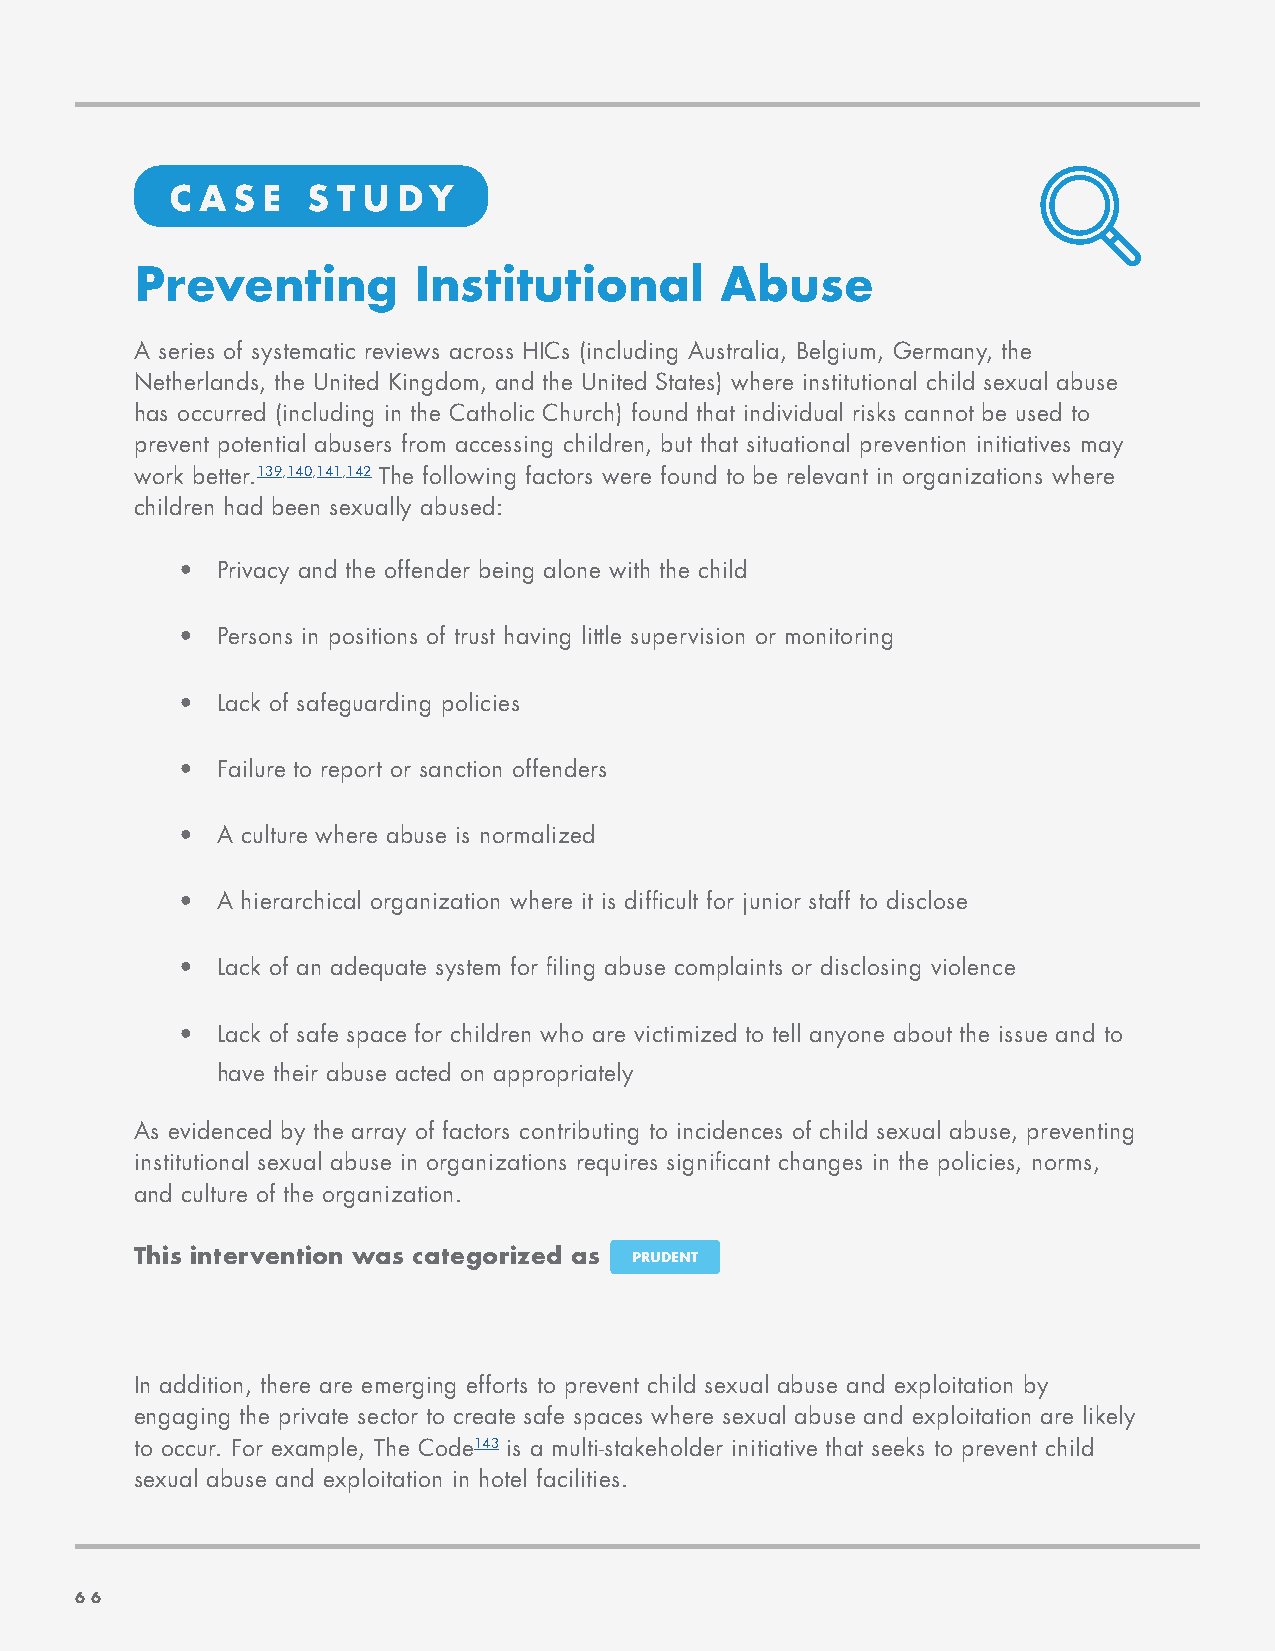
C A S E  S T U DY
 Preventing        Institutional        Abuse
 A series of systematic reviews across HICs (including Australia, Belgium, Germany, the
 Netherlands, the United Kingdom, and the United States) where institutional child sexual abuse
 has occurred (including in the Catholic Church) found that individual risks cannot be used to
 prevent potential abusers from accessing children, but that situational prevention initiatives may
 work better.139,140,141,142 The following factors were found to be relevant in organizations where
 children had been sexually abused:
 • Privacy and the offender being alone with the child
 • Persons in positions of trust having little supervision or monitoring
 • Lack of safeguarding policies
 • Failure to report or sanction offenders
 • A culture where abuse is normalized
 • A hierarchical organization where it is difficult for junior staff to disclose
 • Lack of an adequate system for filing abuse complaints or disclosing violence
 • Lack of safe space for children who are victimized to tell anyone about the issue and to
 have their abuse acted on appropriately
 As evidenced by the array of factors contributing to incidences of child sexual abuse, preventing
 institutional sexual abuse in organizations requires significant changes in the policies, norms,
 and culture of the organization.
 This intervention was categorized as PRUDENT
 In addition, there are emerging efforts to prevent child sexual abuse and exploitation by
 engaging the private sector to create safe spaces where sexual abuse and exploitation are likely
 to occur. For example, The Code143 is a multi-stakeholder initiative that seeks to prevent child
 sexual abuse and exploitation in hotel facilities.
 6666